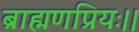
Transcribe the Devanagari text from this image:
ब्राह्मणप्रियः।।